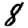
Digit: 8